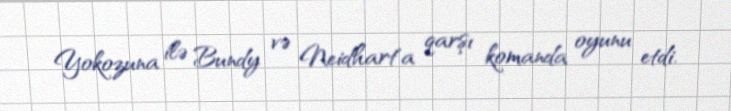
Yokozuna ilə Bundy və Neidhart'a qarşı komanda oyunu etdi.